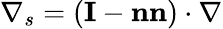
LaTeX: \nabla_{s}=\left(\textbf{I}-\textbf{nn}\right)\cdot\nabla